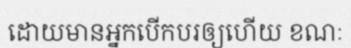
ដោយមានអ្នកបើកបរឲ្យហើយ ខណៈ